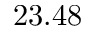
2 3 . 4 8